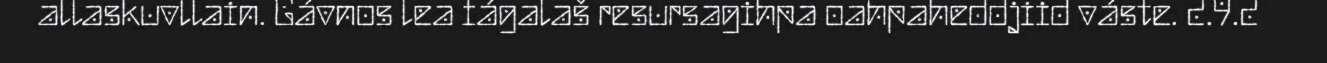
allaskuvllain. Gávnos lea fágalaš resursagihpa oahpaheddjiid váste. 2.9.2